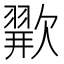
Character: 𪴲